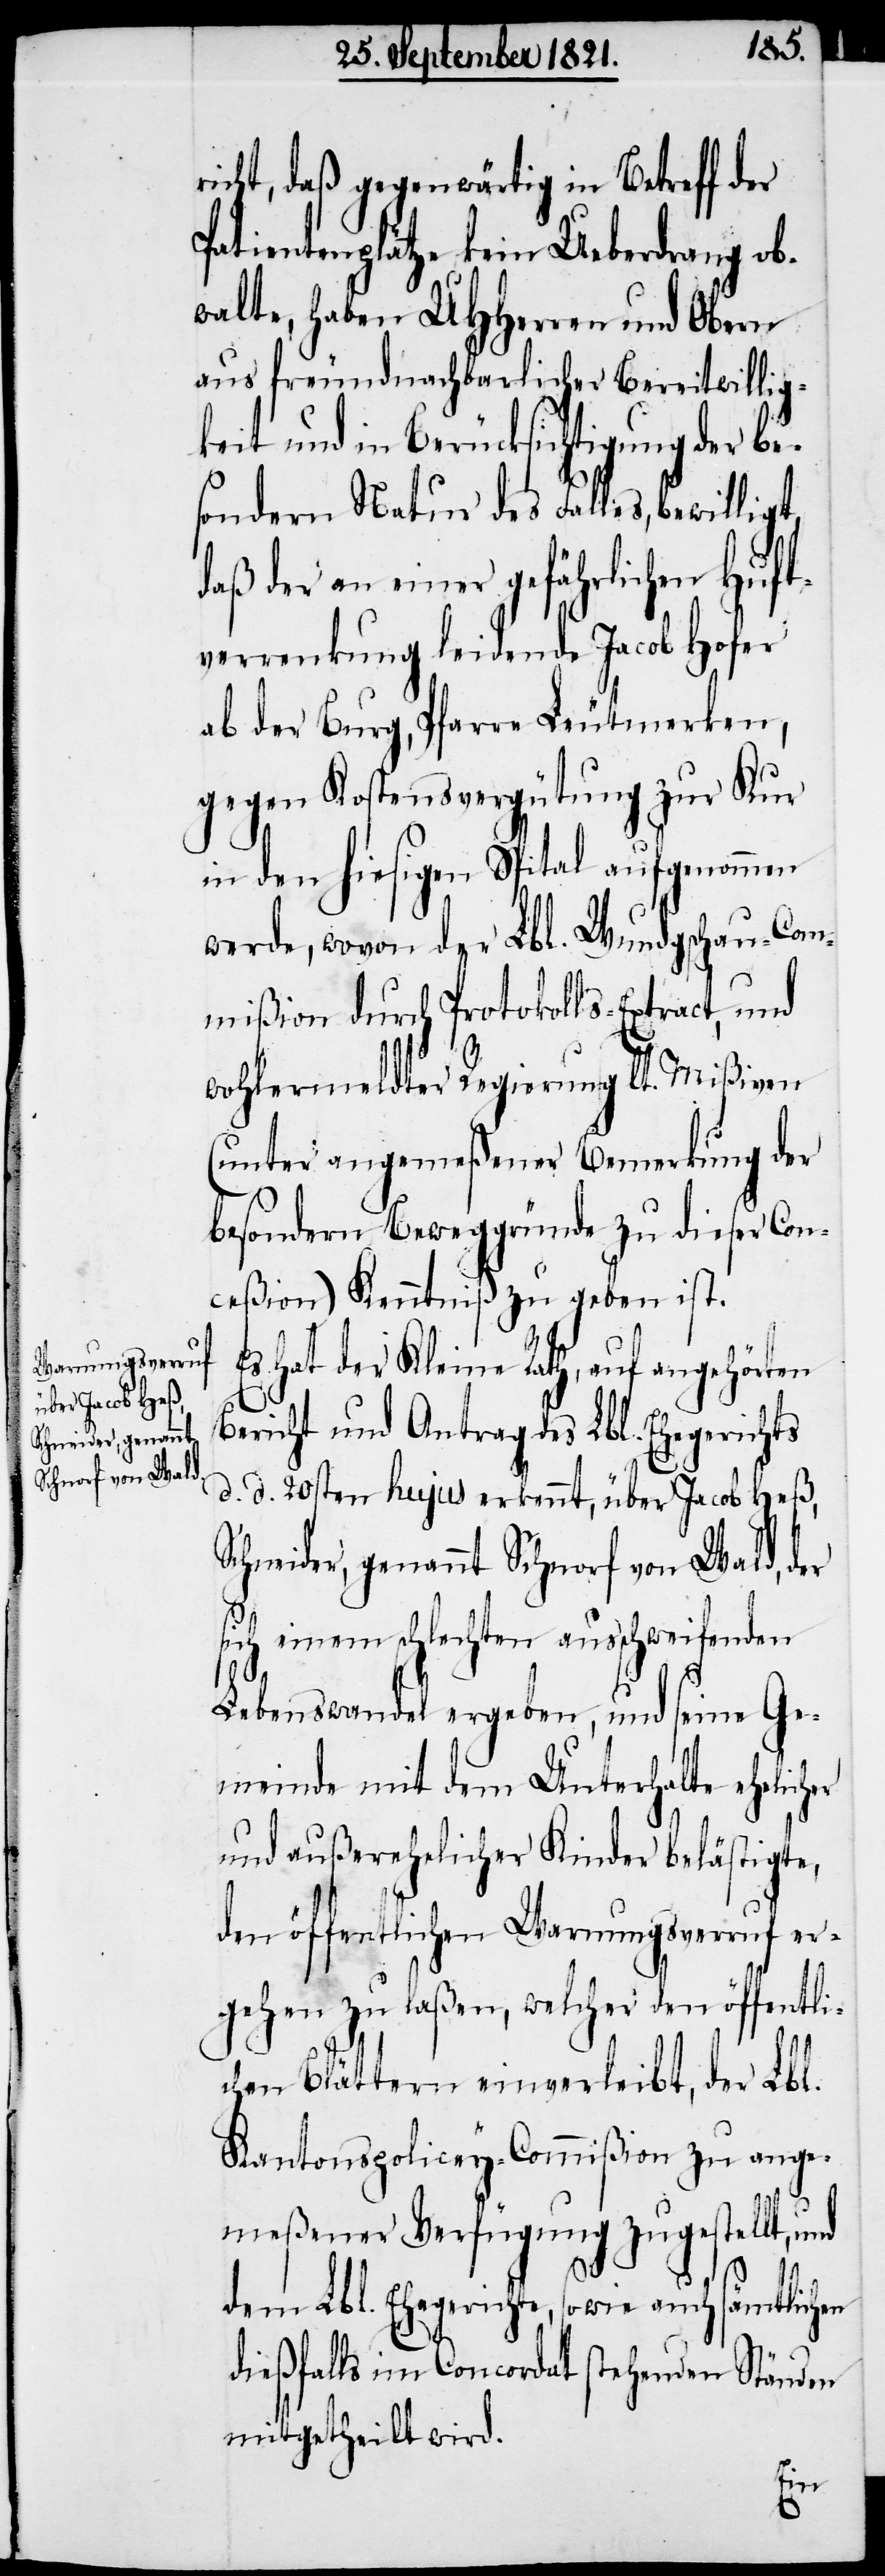
Berei¬
richt, daß gegenwärtig in Betreff der
Patientenplätze kein Ueberdrang ob¬
walte, haben UHHerren und Obern
keit und in Berücksichtigung der be¬
sondern Natur des Falles, bewilli¬
daß der an einer gefährlichen Hüft¬
verrenkung leidende Jacob Hofer
ab der Burg, Pfarre Leutmerken,
gegen Kostenvergütung zur Kur
in den hiesigen Spital aufgenommen
werde, wovon der Lbl. Wundgschau-Com¬
mißion durch Protokolls-Extract, und
wohlermeldter Regierung lt. Mißiven
(unter angemeßener Bemerkung der
besondern Beweggründe zu dieser Con¬
ceßion) Kenntniß zu geben ist.
gt,
Es hat der Kleine Rath, auf angehörten
er
Bericht und Antrag des Lbl. Ehegerichts
d. d. 20sten hujus erkennt, über Jacob Heß,
Schneider, genannt Schnorf von Wald, der
sich einem schlechten ausschweifenden
Lebenswandel ergeben, und seine Ge¬
meinde mit dem Unterhalte ehelich¬
und außerehelicher Kinder belästigte,
den öffentlichen Warnungsverruf er¬
gehen zu laßen, welcher den öffentli¬
chen Blättern einverleibt, der Lbl.
Kantons-Policey-Commißion zu ange¬
meßener Verfügung zugestellt, und
dem Lbl. Ehegerichte, sowie auch sämtlichen
dießfalls im Concordat stehenden Stände
mitgetheilt wird.
twil¬